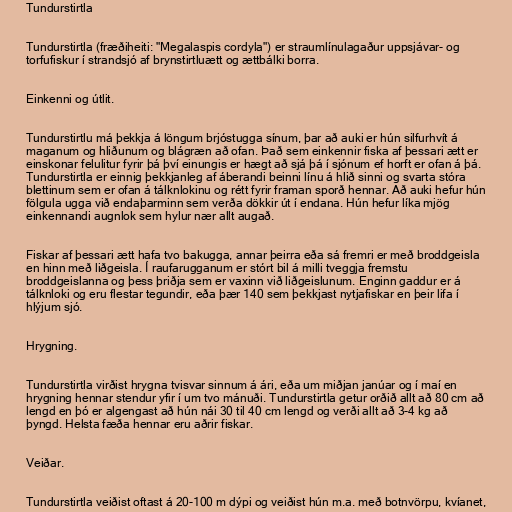
Tundurstirtla

Tundurstirtla (fræðiheiti: "Megalaspis cordyla") er straumlínulagaður uppsjávar- og
torfufiskur í strandsjó af brynstirtluætt og ættbálki borra.

Einkenni og útlit.

Tundurstirtlu má þekkja á löngum brjóstugga sínum, þar að auki er hún silfurhvít á
maganum og hliðunum og blágræn að ofan. Það sem einkennir fiska af þessari ætt er
einskonar felulitur fyrir þá því einungis er hægt að sjá þá í sjónum ef horft er ofan á þá.
Tundurstirtla er einnig þekkjanleg af áberandi beinni línu á hlið sinni og svarta stóra
blettinum sem er ofan á tálknlokinu og rétt fyrir framan sporð hennar. Að auki hefur hún
fölgula ugga við endaþarminn sem verða dökkir út í endana. Hún hefur líka mjög
einkennandi augnlok sem hylur nær allt augað.

Fiskar af þessari ætt hafa tvo bakugga, annar þeirra eða sá fremri er með broddgeisla
en hinn með liðgeisla. Í raufarugganum er stórt bil á milli tveggja fremstu
broddgeislanna og þess þriðja sem er vaxinn við liðgeislunum. Enginn gaddur er á
tálknloki og eru flestar tegundir, eða þær 140 sem þekkjast nytjafiskar en þeir lifa í
hlýjum sjó.

Hrygning.

Tundurstirtla virðist hrygna tvisvar sinnum á ári, eða um miðjan janúar og í maí en
hrygning hennar stendur yfir í um tvo mánuði. Tundurstirtla getur orðið allt að 80 cm að
lengd en þó er algengast að hún nái 30 til 40 cm lengd og verði allt að 3-4 kg að
þyngd. Helsta fæða hennar eru aðrir fiskar.

Veiðar.

Tundurstirtla veiðist oftast á 20-100 m dýpi og veiðist hún m.a. með botnvörpu, kvíanet,